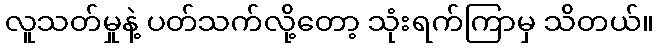
လူသတ်မှုနဲ့ ပတ်သက်လို့တော့ သုံးရက်ကြာမှ သိတယ်။